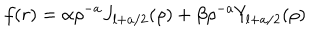
LaTeX: f ( r ) = \alpha \rho ^ { - a } J _ { l + a / 2 } ( \rho ) + \beta \rho ^ { - a } Y _ { l + a / 2 } ( \rho ) \,